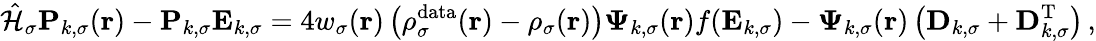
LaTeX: \hat{\mathcal{{H}}}_{\sigma}\mathbf{P}_{k,\sigma}(\boldsymbol{\textbf{r}})-\mathbf{P}_{k,\sigma}\mathbf{E}_{k,\sigma}=4w_{\sigma}(\boldsymbol{\textbf{r}})\left(\rho_{\sigma}^{\mathrm{data}}(\boldsymbol{\textbf{r}})-\rho_{\sigma}(\boldsymbol{\textbf{r}})\right)\boldsymbol{\Psi}_{k,\sigma}(\boldsymbol{\textbf{r}})f(\mathbf{E}_{k,\sigma})-\boldsymbol{\Psi}_{k,\sigma}(\boldsymbol{\textbf{r}})\left(\mathbf{D}_{k,\sigma}+\mathbf{D}_{k,\sigma}^{\mathrm{T}}\right)\, ,